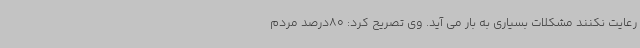
رعایت نکنند مشکلات بسیاری به بار می آید. وی تصریح کرد: 80درصد مردم